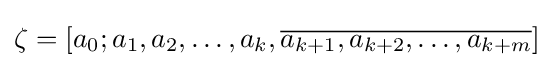
\zeta =[a_{0};a_{1},a_{2},\dots ,a_{k},{\overline {a_{k+1},a_{k+2},\dots ,a_{k+m}}}]